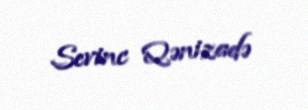
Sevinc Qənizadə